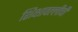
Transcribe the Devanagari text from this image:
शिक्षावल्लीची